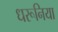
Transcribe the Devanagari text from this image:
धरूनिया